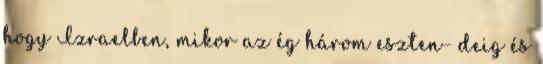
hogy Izraelben, mikor az ég három eszten− deig és